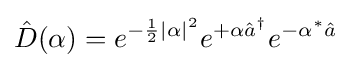
{\hat {D}}(\alpha )=e^{-{\frac {1}{2}}|\alpha |^{2}}e^{+\alpha {\hat {a}}^{\dagger }}e^{-\alpha ^{*}{\hat {a}}}